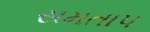
સમતાપ